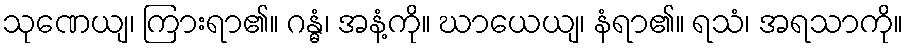
သုဏေယျ၊ ကြားရာ၏။ ဂန္ဓံ၊ အနံ့ကို။ ဃာယေယျ၊ နံရာ၏။ ရသံ၊ အရသာကို။